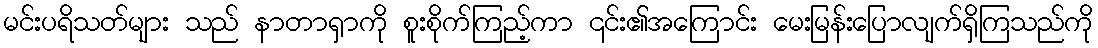
မင်းပရိသတ်များ သည် နာတာရှာကို စူးစိုက်ကြည့်ကာ ၎င်း၏အကြောင်း မေးမြန်းပြောလျက်ရှိကြသည်ကို